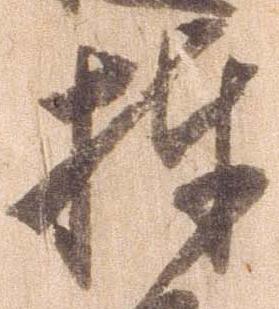
捧